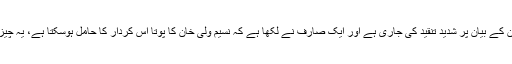
سوشل میڈیا پہ ایمل ولی خان کے بیان پر شدید تنقید کی جاری ہے اور ایک صارف نے لکھا ہے کہ نسیم ولی خان کا پوتا اس کردار کا حامل ہوسکتا ہے، یہ چیز میرے لیے حیران کن ہے۔